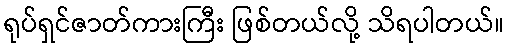
ရုပ်ရှင်ဇာတ်ကားကြီး ဖြစ်တယ်လို့ သိရပါတယ်။